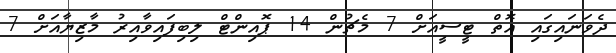
ދެވަނައިގައި އޮތް ޓީސީއަށް 7 މެޗުން 14 ޕޮއިންޓް ލިބިފައިވާއިރު މާޒިޔާއަށް 7